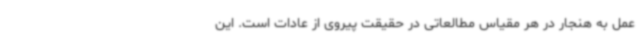
عمل به هنجار در هر مقیاس مطالعاتی در حقیقت پیروی از عادات است. این